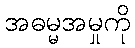
အဓမ္မအမှုကို